Civil Veterinary Department Bengal reports 1923-33 - 1923-1933
Year: 1923
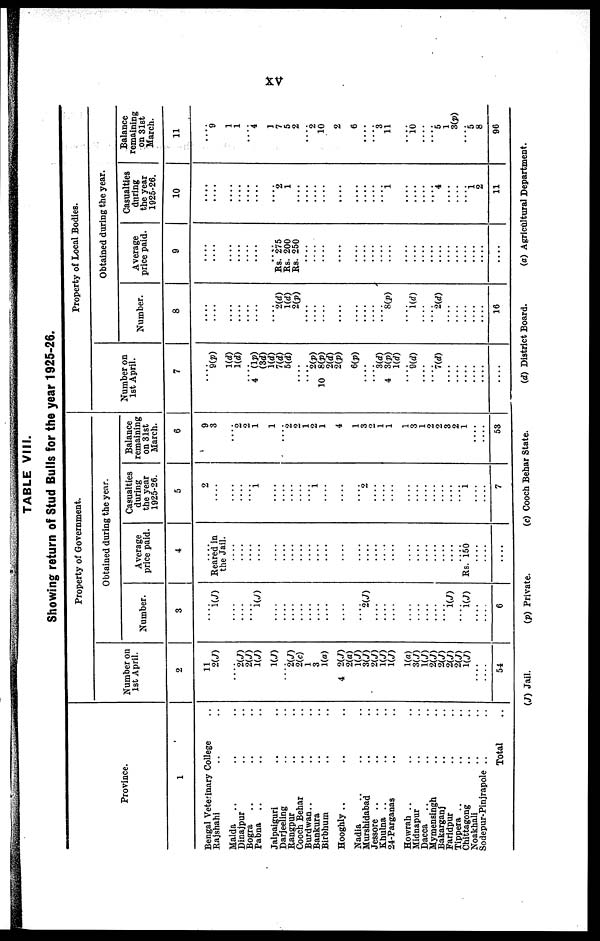
XV
TABLE VIII.
Showing return of Stud Bulls for the year 1925-26.
Province.
1
Bengal Veterinary College ..
Rajshahi .. ..
Malda .. .. ..
Dinajpur .. ..
Bogra .. .. ..
Pabna .. .. ..
Jalpaiguri .. ..
Darjeeling .. ..
Rangpur .. ..
Cooch Behar .. ..
Burdwan.. .. ..
Bankura .. ..
Birbhum .. ..
Hooghly .. .. ..
Nadia .. .. ..
Murshidabad .. ..
Jessore .. .. ..
Khulna .. .. ..
24-Parganas .. ..
Howrah .. .. ..
Midnapur .. ..
Dacca .. .. ..
Mymensingh
..
..
Bakarganj .. ..
Faridpur .. ..
Tippera
..
..
..
Chittagong .. ..
Noakhali
..
..
Sodepur-Pinjrapole .. ..
Total ..
Property of Government.
Number on
1st April.
2
11
2(J)
.... 2(J)
2(J)
1(J)
1(J)
.... 2(J)
2(c)
1
3
1(a)
4 2(J)
2(a)
1(J)
3(J)
2(J)
1(J)
1(J)
1(a)
3(J)
1(J)
2(J)
2(J)
2(J)
2(J)
1(J)
....
....
54
Obtained during the year.
Number.
3
....
1(J)
....
....
.... 1(J)
....
....
....
....
....
....
....
....
....
2(J)
....
....
....
....
....
....
....
.... 1(J)
.... 1(J)
....
....
6
Average
price paid.
4
....
Reared in
the Jail.
....
....
....
....
....
....
....
....
....
....
....
....
....
....
....
....
....
....
....
....
....
....
....
.... Rs. 150
....
....
....
Casualties
during
the year
1925-26.
5
2
....
....
.... ....
....
....
....
....
....
.... 1
....
....
.... 2
....
....
....
....
....
....
....
....
.... ....
....
....
....
7
Balance
remaining
on 31st
March.
6
9 3
.... 2
2
1
1
... 2
2 1
2
1
4
1
3
2 1
1
1
3
1
2
2 3
2
1
....
....
53
Property of Local Bodies.
Number on
1st April.
7
....
9(p)
1(d)
1(d)
.... 4 (1p) (3d)
1(d)
7(d)
5(d)
....
....
2(p)
10 8(p)
2(d)
2(p)
6(p)
....
....
3(d)
4 3(p)
1(d)
.... 9(d)
....
....
7(d)
....
....
....
....
....
....
Obtained during the year.
Number
8
....
....
....
....
....
....
....
2(d)
1(d)
2(p)
....
....
....
....
....
....
....
.... 8(p)
.... 1(d)
....
....
2(d)
....
....
....
....
....
16
Average
price paid.
9
....
....
....
....
....
....
....
Rs. 275
Rs. 200
Rs. 250
....
....
....
....
....
....
....
....
....
....
....
....
....
....
....
....
....
....
....
....
Casualties
during
the year
1925-26.
10
....
....
....
.... ....
....
....
2
1
....
....
....
....
....
....
....
.... ....
....
....
....
....
.... 4
....
....
.... 1 2
11
Balance
remaining
on 31st
March.
11
....
9
1
1
....
4
1
7
5
2
....
2
10
2
6
....
3
11
.... 10
....
.... 5
1
3(p)
.... 5
8
96
(J) Jail.
(p) Private.
(c) Cooch Behar State.
(d) District Board.
(a) Agricultural Department.